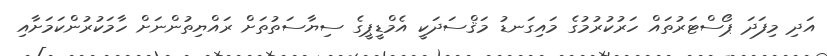
އަދި މިފަދަ ޕޯސްޓަރުތައް ހަރުކުރުމުގެ މައިގަނޑު މަޤްސަދަކީ އެމްޑީޕީގެ ސިޔާސަތުތަށް ރައްޔިތުންނަށް ހާމަކުރުންކަމަށާއި